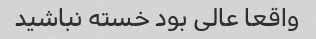
واقعا عالی بود خسته نباشید